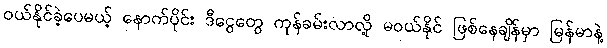
ဝယ်နိုင်ခဲ့ပေမယ့် နောက်ပိုင်း ဒီငွေတွေ ကုန်ခမ်းလာလို့ မဝယ်နိုင် ဖြစ်နေချိန်မှာ မြန်မာနဲ့